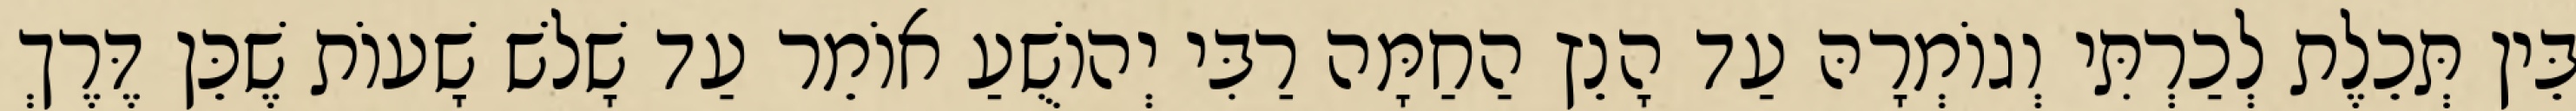
בֵּין תְּכֵלֶת לְכַרְתִּי וְגוֹמְרָהּ עַד הָנֵץ הַחַמָּה רַבִּי יְהוֹשֻׁעַ אוֹמֵר עַד שָׁלֹשׁ שָׁעוֹת שֶׁכֵּן דֶּרֶךְ